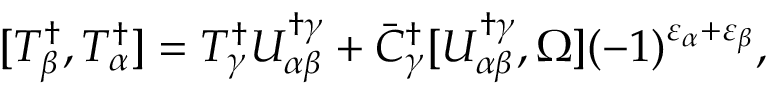
[ { \cal T } _ { \beta } ^ { \dagger } , { \cal T } _ { \alpha } ^ { \dagger } ] = { \cal T } _ { \gamma } ^ { \dagger } U _ { \alpha \beta } ^ { \dagger \gamma } + \bar { C } _ { \gamma } ^ { \dagger } [ U _ { \alpha \beta } ^ { \dagger \gamma } , \Omega ] ( - 1 ) ^ { \varepsilon _ { \alpha } + \varepsilon _ { \beta } } ,